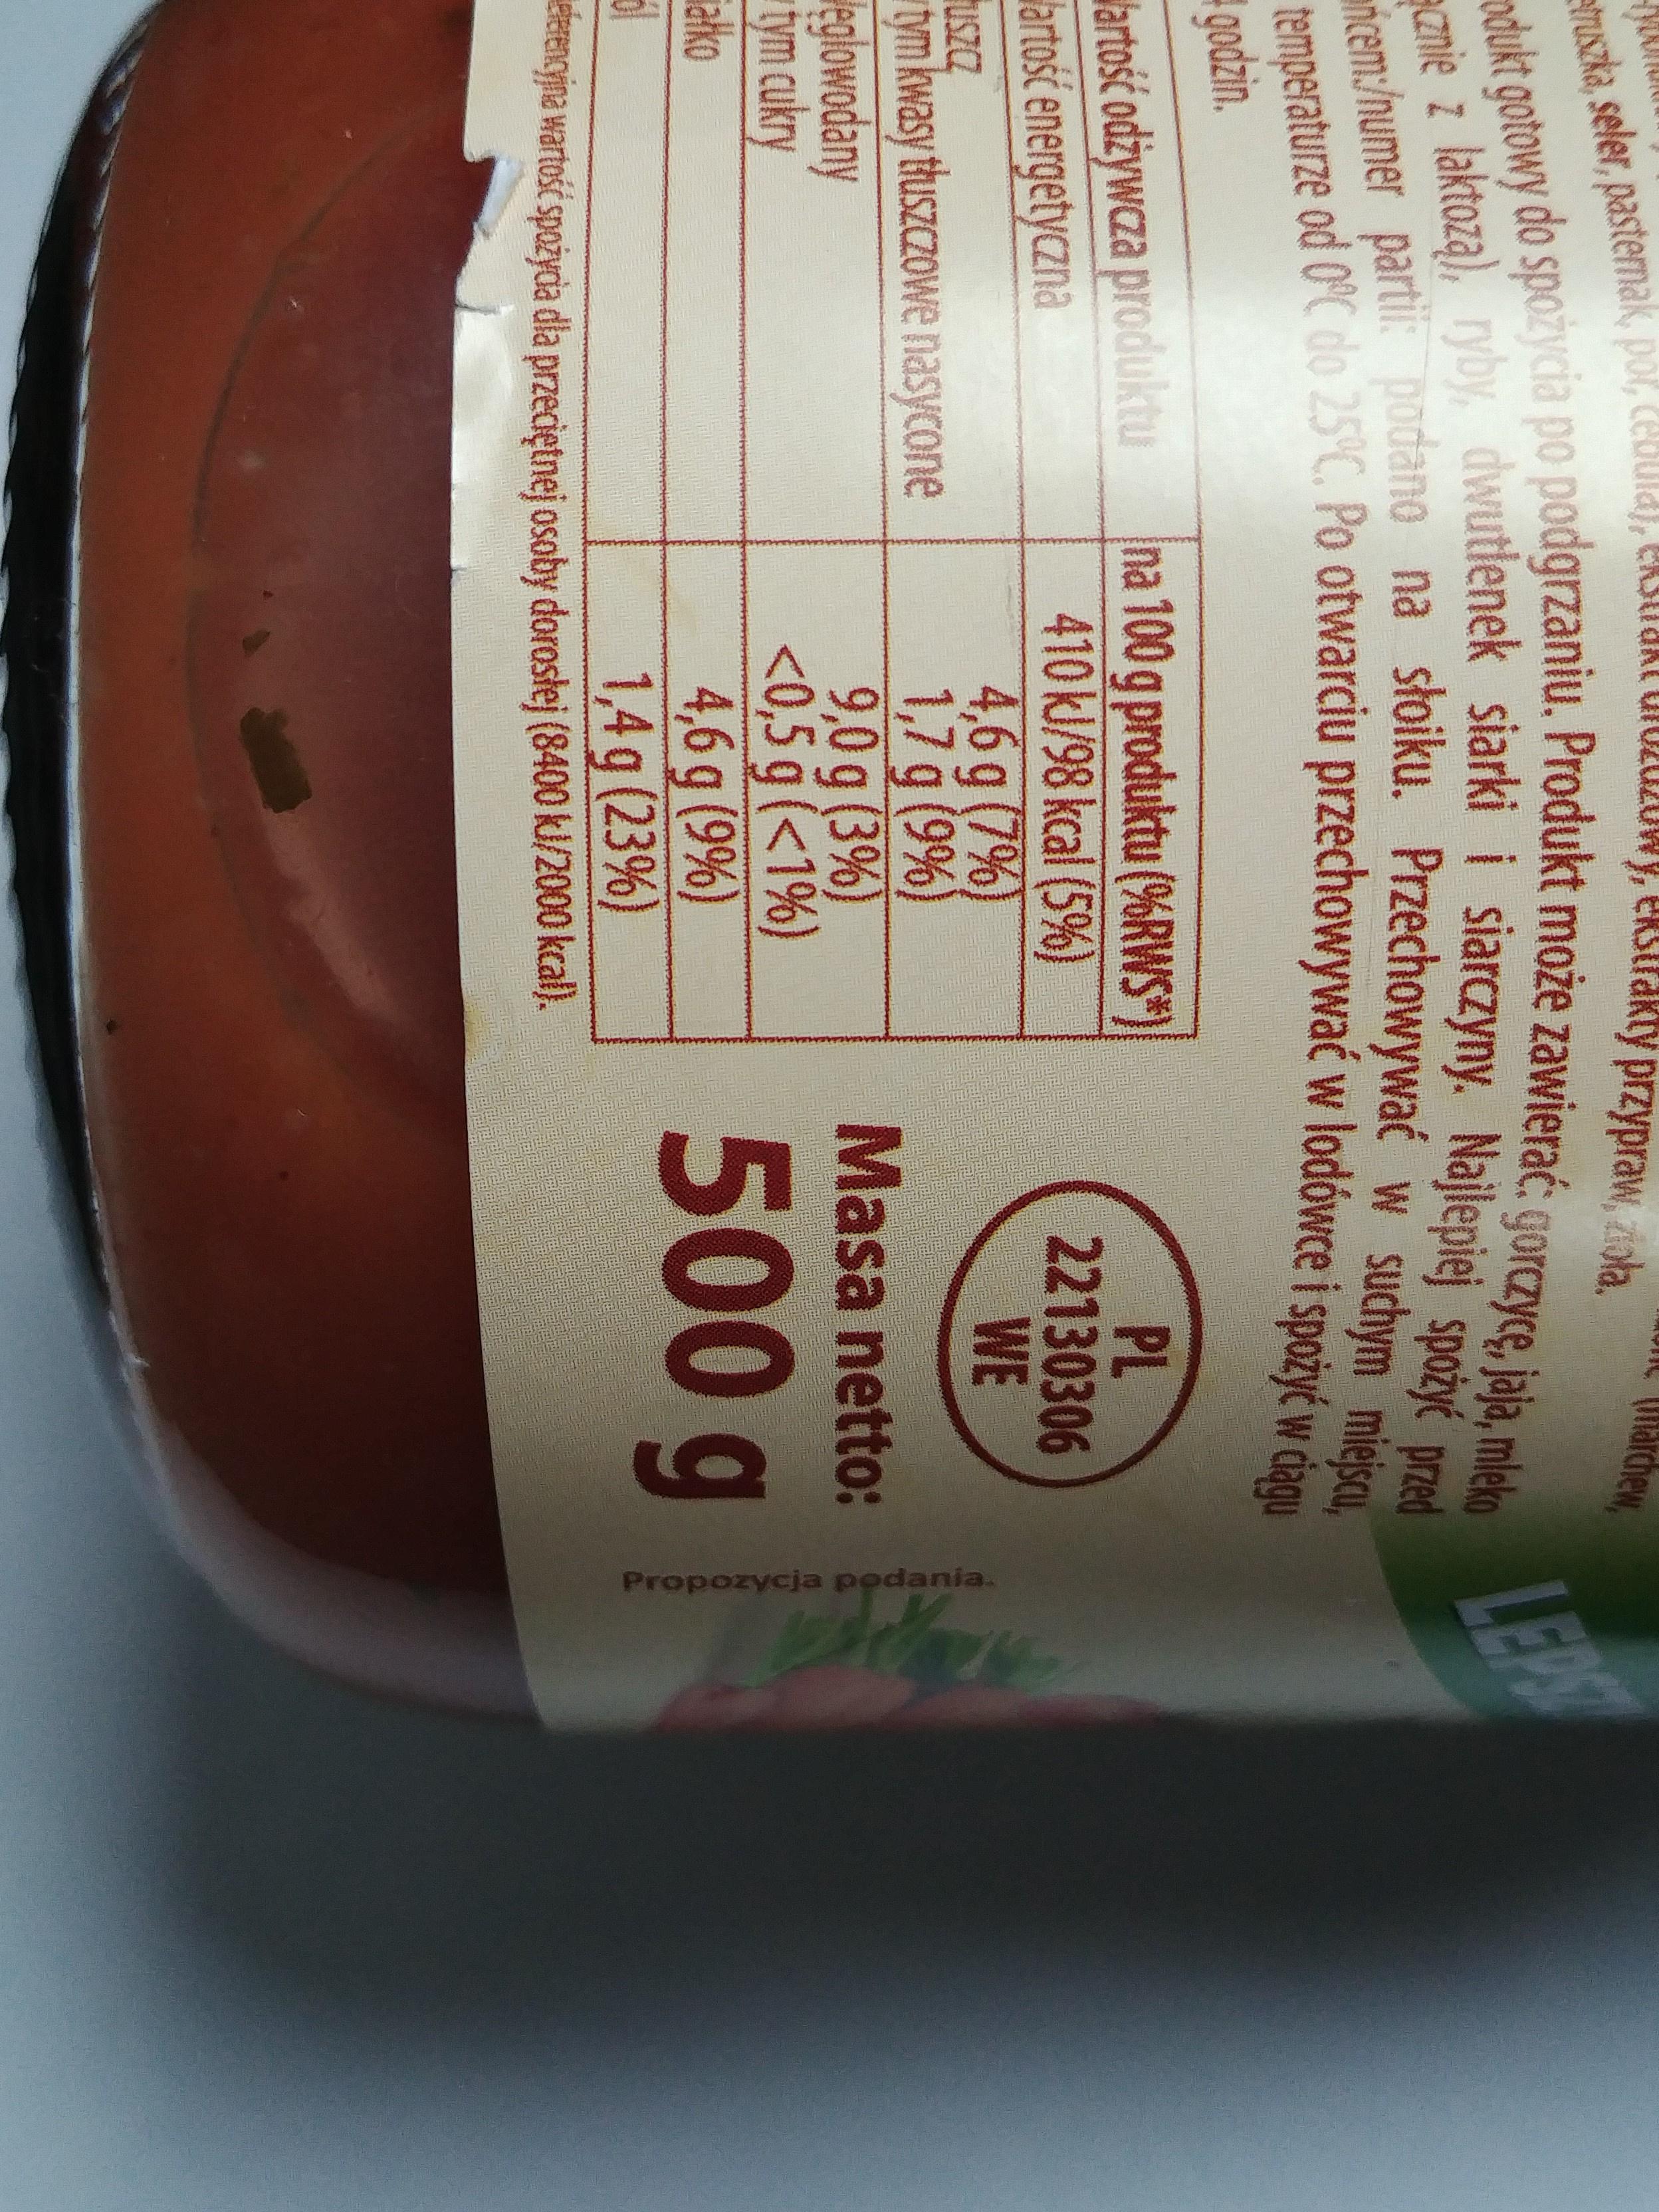
0Wy, estrakty przypraw, ola. larchew dktu uzka, seler, pasternak, por, cebui adukt gotowy do spozycia po podgrzaniu. Produkt może zawierać: gorczyce, jaja, mleko anie z laktoza), ryby, dwutlenek siarki i siarczyny. Najlepiej spożyć pred LEPS ricem/numer parti podano na słoiku. Przechowywać w suchym miejscu, temperaturze od 0C do 25C. Po otwarciu przechowywać w lodówce i spożyć w dagu godzin. artosć odżywcza produktu artosć energetyczna uszcz tym kwasy tłuszczowe nasycone eglowadany tym cukry ako na 100g produktu (%RWS) 410 kl/98 kcal (5%) 4,6 g (7%) 1,7 g (9%) 9,0 g (3%) <0,5g (<1%) 4,6 g (9%) 1,4g (23%) elencina wartos spożyda dla przeciętnej osoby dorostej (8400 k//2000 kcal). PL 22130306 WE Masa netto: 500 g